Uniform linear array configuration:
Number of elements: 16
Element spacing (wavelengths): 1
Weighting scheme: kaiser
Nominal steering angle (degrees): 30
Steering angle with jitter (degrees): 31.396
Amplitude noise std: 0.05
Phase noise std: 0.05

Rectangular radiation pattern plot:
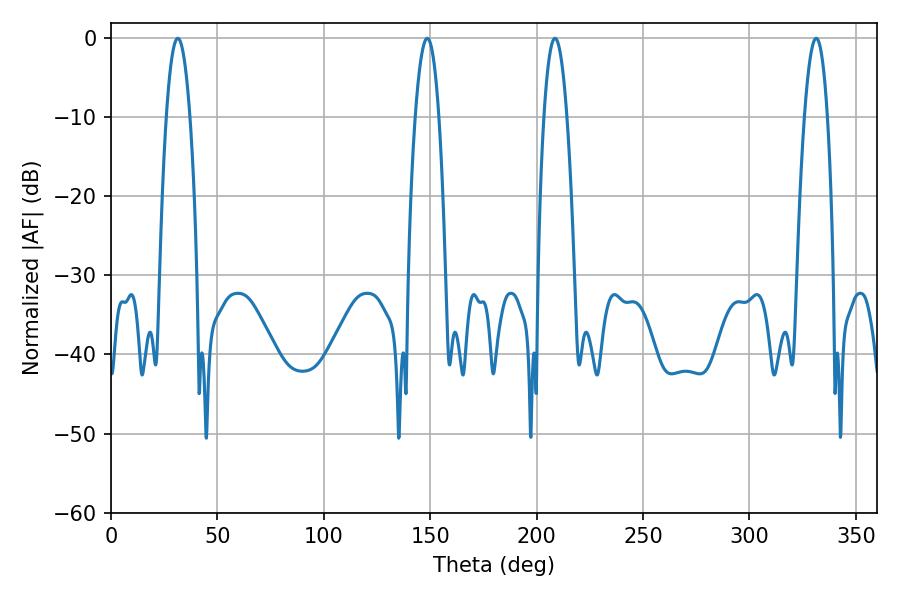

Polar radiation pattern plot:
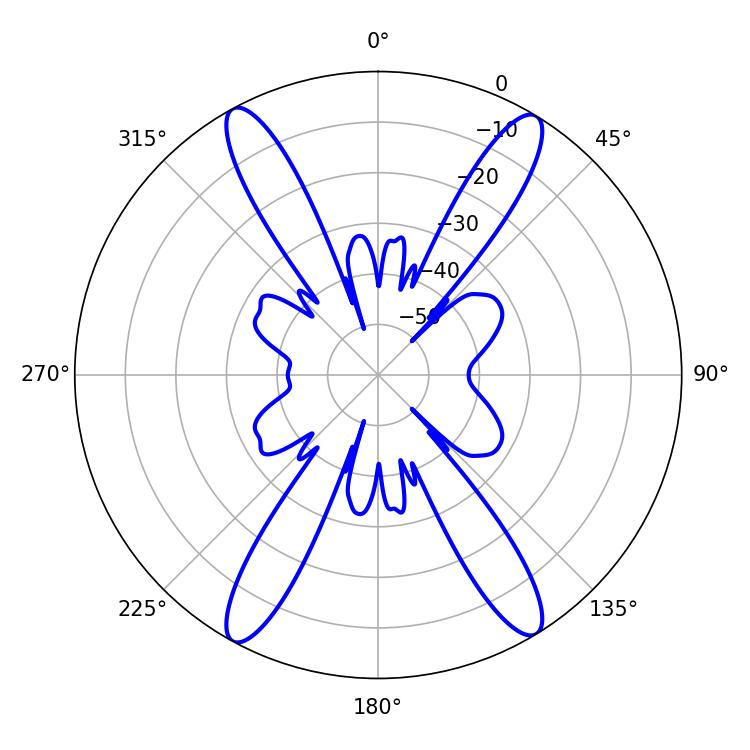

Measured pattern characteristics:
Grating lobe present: TRUE
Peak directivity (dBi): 22.035
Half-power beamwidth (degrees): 5.94
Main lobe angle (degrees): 208.62